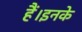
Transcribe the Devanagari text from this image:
हैं।इनके